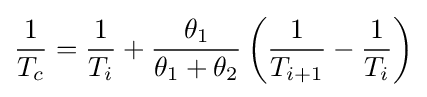
{\frac {1}{T_{c}}}={\frac {1}{T_{i}}}+{\frac {\theta _{1}}{\theta _{1}+\theta _{2}}}\left({\frac {1}{T_{i+1}}}-{\frac {1}{T_{i}}}\right)